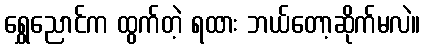
ရွှေညောင်က ထွက်တဲ့ ရထား ဘယ်တော့ဆိုက်မလဲ။